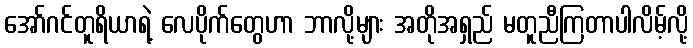
အော်ဂင်တူရိယာရဲ့ လေပိုက်တွေဟာ ဘာလို့များ အတိုအရှည် မတူညီကြတာပါလိမ့်လို့